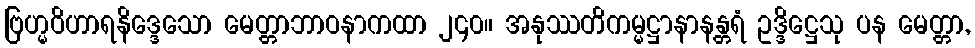
ဗြဟ္မဝိဟာရနိဒ္ဒေသော မေတ္တာဘာဝနာကထာ ၂၄၀။ အနုဿတိကမ္မဋ္ဌာနာနန္တရံ ဥဒ္ဒိဋ္ဌေသု ပန မေတ္တာ,